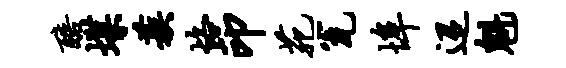
醅堞蔟恪印苑瓮埠迢魁